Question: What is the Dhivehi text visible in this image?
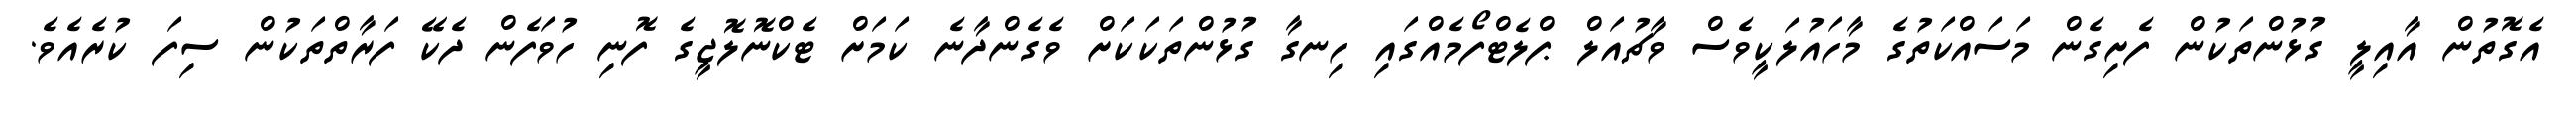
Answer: އެގޮތުން އާއިލީ ގުޅުންތަކުން ފެށިގެން މަސައްކަތުގެ މާހައުލަކީވެސް ވާޗުއަލް ޕްލެޓްފޯމެއްގައި ހިނގާ ގުޅުންތަކަކަށް ވެގެންދާނެ ކަމަށް ޓެކްނޮލޮޖީގެ ފޮނި ހުވަފެން ދެކޭ ފަރާތްތަކުން ސިފަ ކުރެއެވެ.